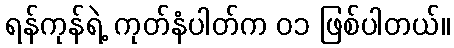
ရန်ကုန်ရဲ့ ကုတ်နံပါတ်က ၀၁ ဖြစ်ပါတယ်။